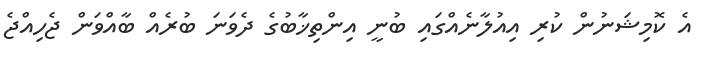
އެ ކޮމިޝަނުން ކުރި އިއުލާނެއްގައި ބުނީ އިންތިޚާބުގެ ދެވަނަ ބުރެއް ބާއްވަން ޖެހިއްޖެ